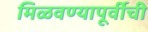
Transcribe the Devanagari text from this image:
मिळवण्यापूर्वीची